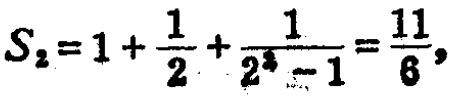
$S_{2}=1+\frac{1}{2}+\frac{1}{2^{2}-1}=\frac{11}{6},$